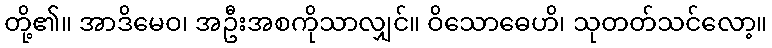
တို့၏။ အာဒိမေဝ၊ အဦးအစကိုသာလျှင်။ ဝိသောဓေဟိ၊ သုတတ်သင်လော့။